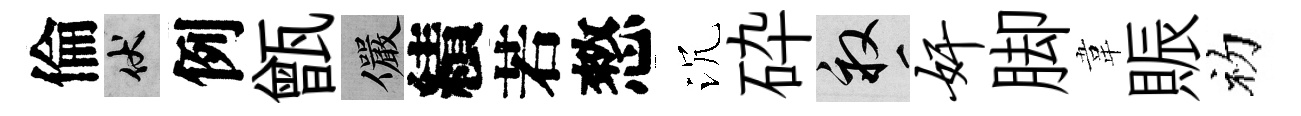
倫伏例甑儼績若憗沉砕畝奸脚韋賑初